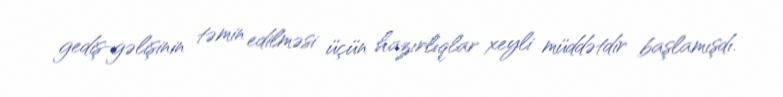
gediş-gəlişinin təmin edilməsi üçün hazırlıqlar xeyli müddətdir başlamışdı.